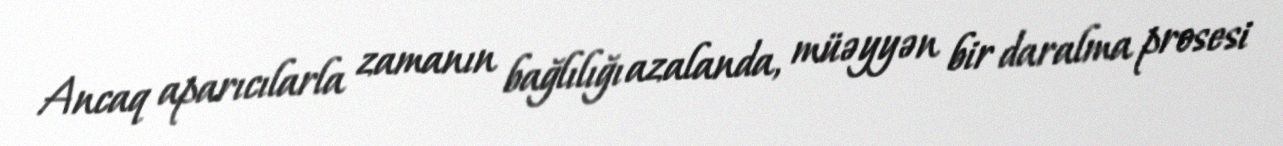
Ancaq aparıcılarla zamanın bağlılığı azalanda, müəyyən bir daralma prosesi